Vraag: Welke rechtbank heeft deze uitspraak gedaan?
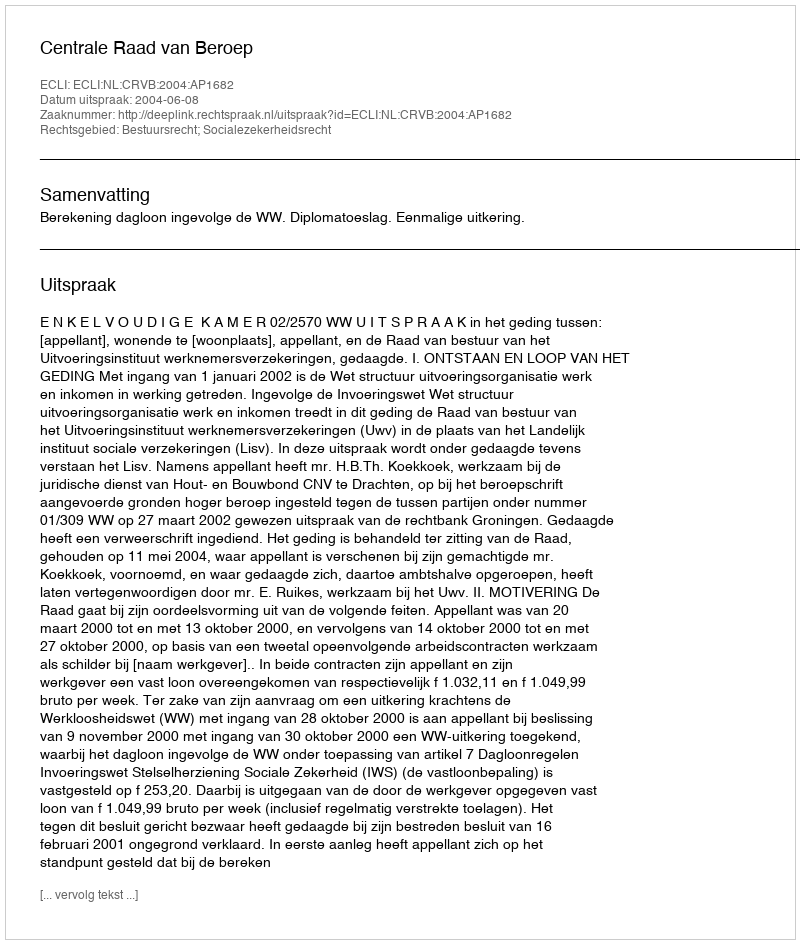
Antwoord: Centrale Raad van Beroep